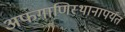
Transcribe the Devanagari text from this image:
अफगाणिस्थानापर्यंत